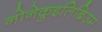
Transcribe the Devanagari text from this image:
नोनेक़ुइलिब्रिउम